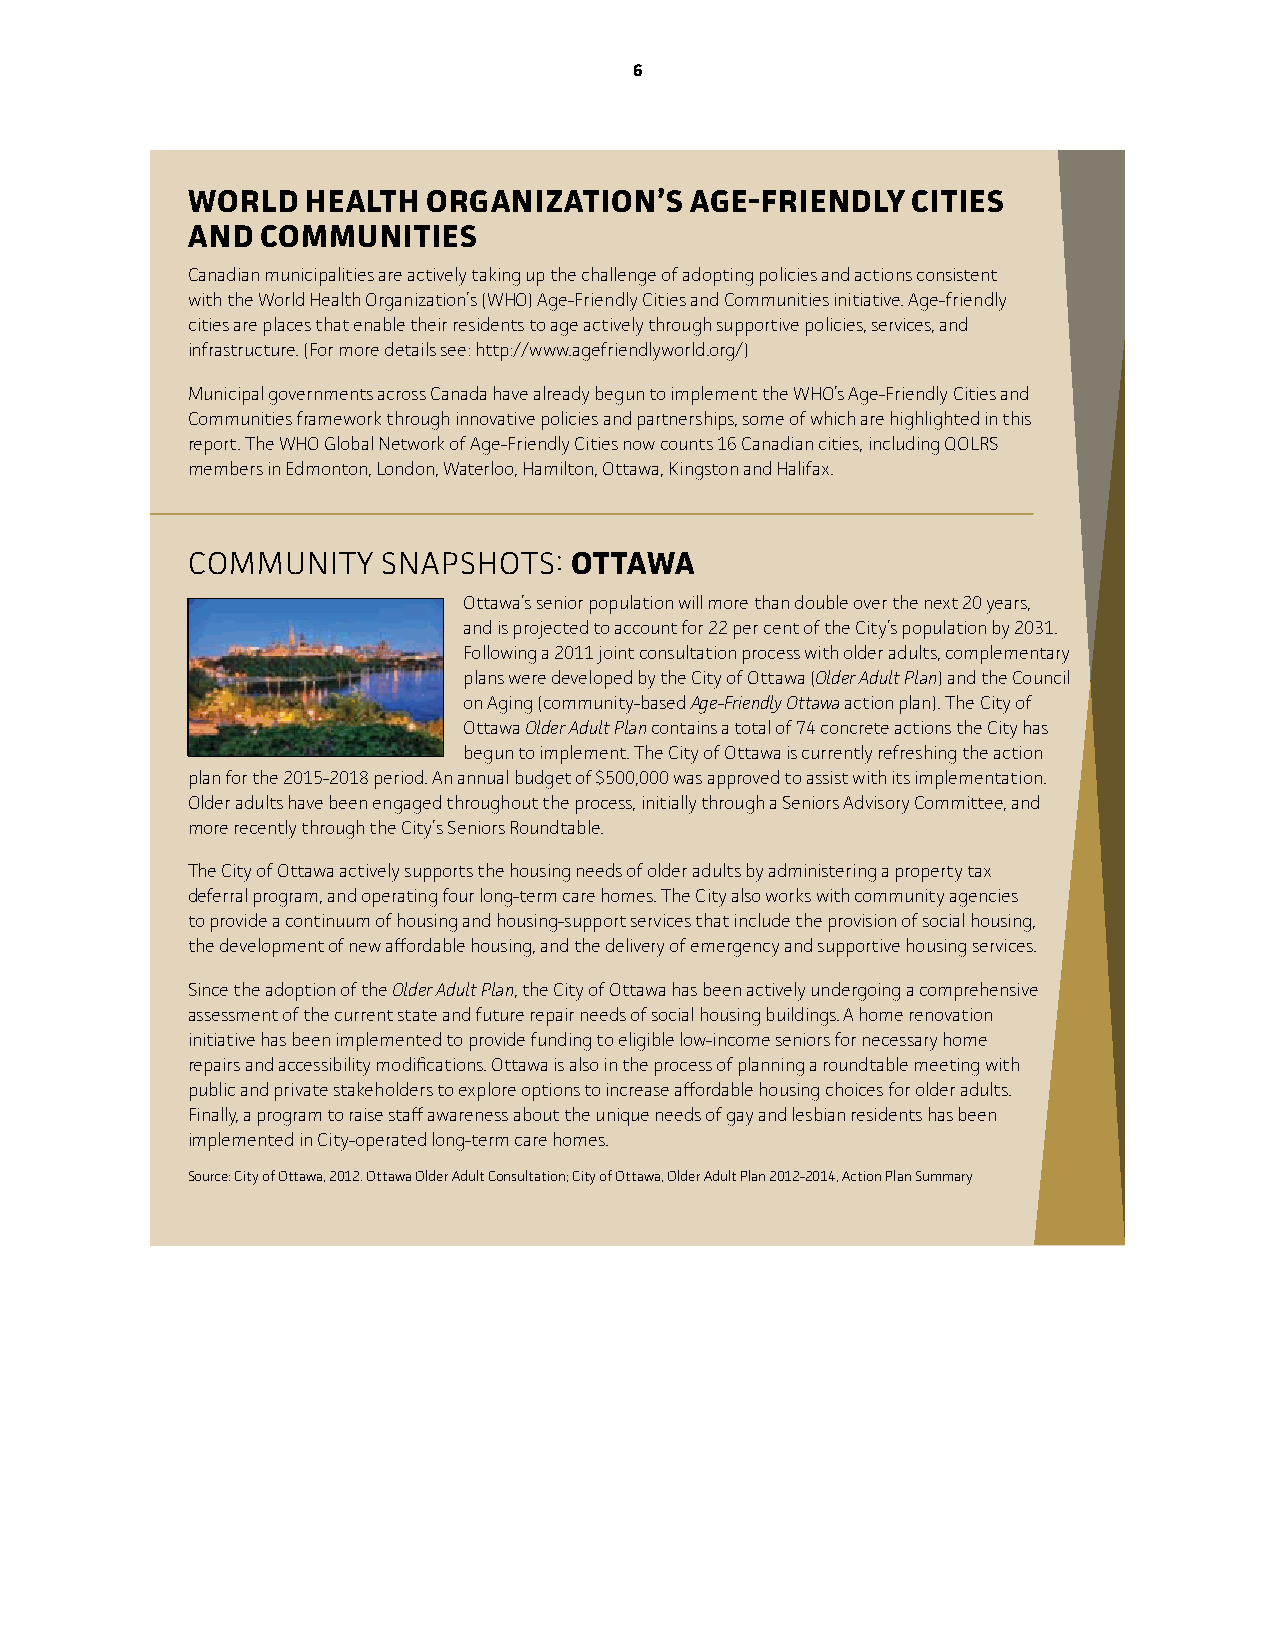
6
 woRLD   heALTh  oR gAnIzATIon’  S Age-FRIenDLy  CITIeS
 AnD  CoMMunITIeS
 Canadian municipalities are actively taking up the challenge of adopting policies and actions consistent
 with the world Health Organization’s (wHO) Age-Friendly Cities and Communities initiative. Age-friendly
 cities are places that enable their residents to age actively through supportive policies, services, and
 infrastructure. (For more details see: http://www.agefriendlyworld.org/)
 Municipal governments across Canada have already begun to implement the wHO’s Age-Friendly Cities and
 Communities framework through innovative policies and partnerships, some of which are highlighted in this
 report. The wHO Global Network of Age-Friendly Cities now counts 16 Canadian cities, including QOLRS
 members in Edmonton, London, waterloo, Hamilton, Ottawa, Kingston and Halifax.
 CoMMuniTy    SnapSHoTS:   oTTAwA
 Ottawa’s senior population will more than double over the next 20 years,
 and is projected to account for 22 per cent of the City’s population by 2031.
 Following a 2011 joint consultation process with older adults, complementary
 plans were developed by the City of Ottawa (Older Adult Plan) and the Council
 on Aging (community-based Age-Friendly Ottawa action plan). The City of
 Ottawa Older Adult Plan contains a total of 74 concrete actions the City has
 begun to implement. The City of Ottawa is currently refreshing the action
 plan for the 2015-2018 period. An annual budget of $500,000 was approved to assist with its implementation.
 Older adults have been engaged throughout the process, initially through a Seniors Advisory Committee, and
 more recently through the City’s Seniors Roundtable.
 The City of Ottawa actively supports the housing needs of older adults by administering a property tax
 deferral program, and operating four long-term care homes. The City also works with community agencies
 to provide a continuum of housing and housing-support services that include the provision of social housing,
 the development of new affordable housing, and the delivery of emergency and supportive housing services.
 Since the adoption of the Older Adult Plan, the City of Ottawa has been actively undergoing a comprehensive
 assessment of the current state and future repair needs of social housing buildings. A home renovation
 initiative has been implemented to provide funding to eligible low-income seniors for necessary home
 repairs and accessibility modifications. Ottawa is also in the process of planning a roundtable meeting with
 public and private stakeholders to explore options to increase affordable housing choices for older adults.
 Finally, a program to raise staff awareness about the unique needs of gay and lesbian residents has been
 implemented in City-operated long-term care homes.
 Source: City of Ottawa, 2012. Ottawa Older Adult Consultation; City of Ottawa, Older Adult Plan 2012-2014, Action Plan Summary